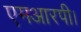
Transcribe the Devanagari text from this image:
एमआरपी।